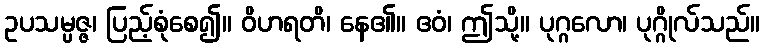
ဥပသမ္ပဇ္ဇ၊ ပြည့်စုံစေ၍။ ဝိဟရတိ၊ နေ၏။ ဧဝံ၊ ဤသို့။ ပုဂ္ဂလော၊ ပုဂ္ဂိုလ်သည်။